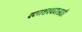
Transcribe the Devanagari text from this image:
पवनचक्क्यांसाठी